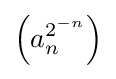
\left(a_{n}^{2^{-n}}\right)